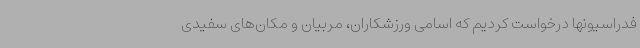
فدراسیونها درخواست کردیم که اسامی ورزشکاران، مربیان و مکان‌های سفیدی